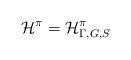
LaTeX: \begin{align*}\mathcal{H}^\pi=\mathcal{H}^\pi_{\Gamma,G,S}\end{align*}